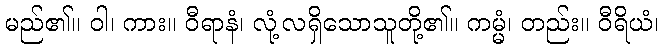
မည်၏။ ဝါ၊ ကား။ ဝီရာနံ၊ လုံ့လရှိသောသူတို့၏။ ကမ္မံ၊ တည်း။ ဝီရိယံ၊